Annual report of the Bengal Veterinary College and of the Civil Veterinary Department, Bengal, for the year 1914-1915 - 1914-1915
Year: 1914
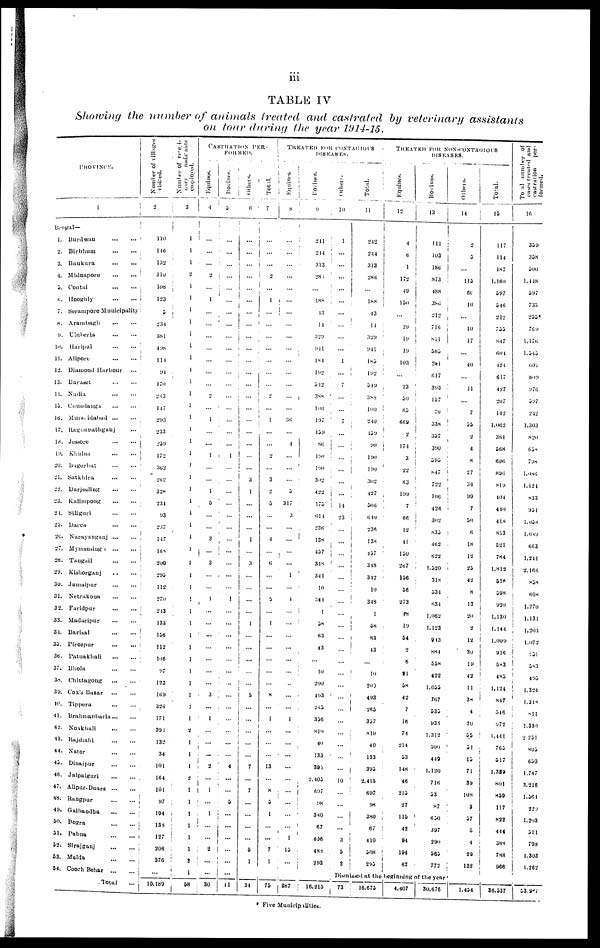
iii
TABLE IV
Showing the number of animals treated and castrated by veterinary
assistants
on tour during the year 1914-15.
PROVINCE.
1
Bengal—
1.
Burdwan ... ...
2.
Birbhum
...
...
3. Bankura
...
...
4. Midnapore
...
...
5. Contai
...
...
6. Hooghly
...
...
7. Sorampore Municipality
8. Arambagh
...
...
9. Uluberia
...
...
10.
Haripal
...
...
11. Alipore
...
...
12. Diamond Harbour ...
13. Baraset ... ...
11. Nadia
...
...
13.
Canadanga ... ...
16.
Mursidabad ... ...
17. Ragaunathganj ...
18. Jossore ... ...
19. Khulna
...
...
20.
Bagerhat ... ...
21. Satkhira
...
...
22. Darjeeling
...
...
23.
Kalimpong
...
...
21. Siliguri
...
...
25. Dacca
...
...
26. Kurayanganj
...
...
27.
Mymensinga ... ...
28. Tangail
...
...
29.
Kishorganj
...
...
30. Jamalpur
...
...
31.
Netrakona ... ...
32. Faridpur
...
...
33. Madaripur
...
...
34. Barisal
...
...
35. Pirozpur
...
...
36. Patuakhali
37. Bhola
...
...
38. Chittagong
...
...
39. Cox's Bazar
...
...
40. Tippera
...
...
41. Brahmanbaria
...
...
42. Noakhali
...
...
43. Rajshahi
...
...
44. Nator
...
...
45.
Dinajpur
...
...
46. Jalpaiguri
...
...
47. Alipur-Duars ... ...
48. Rangpur
...
...
49.
Galbandha
...
...
50. Bogra
...
...
51. Pabna
...
...
52. Sirajganj
...
...
53. Malda
...
...
54. Cooch Behar
...
...
Total
...
Number of villages
visited.
2
110
146
132
310
108
123
5
231
381
498
114
94
170
263
147
293
233
259
172
362
262
328
234
93
237
147
168
200
295
112
270
243
133
156
112
106
97
123
169
326
171
394
132
34
101
164
101
97
194
133
127
206
376
...
10,189
Number of veteri-
nary
assistants
employed.
3
1
1
1
2
1
1
1
1
1
1
1
1
1
1
1
1
1
1
1
1
1
1
1
1
1
1
1
1
1
1
1
1
1
1
1
1
1
1
1
1
1
2
1
1
1
2
1
1
1
1 1
1
2
1
58
CASTRATION
PER-
FORMED.
Equiuns.
4
...
...
...
2
...
1
...
...
...
...
...
...
...
2
...
1
...
...
1
...
...
1
5
...
...
3
...
3
...
...
1
...
...
...
...
...
...
...
3
...
1
...
...
...
2
...
1
...
1
...
...
2
...
...
30
Bovines.
5
...
...
...
...
...
...
...
...
...
...
...
...
...
...
...
...
...
...
1
...
...
...
...
...
...
...
...
...
...
...
1
...
...
...
...
...
...
...
...
...
...
...
...
...
4
...
...
5
...
...
...
...
...
...
11
Others.
6
...
...
...
...
...
...
...
...
...
...
...
...
...
...
...
...
...
...
...
...
3
1
...
...
...
1
...
3
...
...
...
...
1
...
...
...
...
...
5
...
...
...
...
...
7
...
7
...
...
...
...
5
1
34
Total.
7
...
...
...
2
...
1
...
...
...
...
...
...
...
2
...
1
...
...
2
...
3
2
5
...
...
4
...
6
...
...
2
...
1
...
...
...
...
...
8
...
1
...
...
...
13
...
8
5
1
...
...
7
1
75
TREATED FOR CONTAGIOUS
DISEASES.
Equines.
8
...
...
...
...
...
...
...
...
...
...
...
...
...
...
...
36
...
4
...
...
...
5
317
3
...
...
...
...
1
...
4
...
...
...
...
...
...
...
...
...
1
...
...
...
...
...
...
...
...
...
1
15
...
387
Bovines.
9
211
244
313
285
...
188
13
14
329
941
181
192
512
388
100
197
459
86
190
190
302
422
173
614
236
138
437
348
341
10
344
1
58
63
43
...
10
200
493
265
356
810
40
133
395
2,405
697
98
380
67
406
488
293
16,215
Other.
10
1
...
...
...
...
...
...
...
...
...
1
...
7
...
...
...
...
...
...
...
...
...
14
23
...
...
...
...
...
...
...
...
...
...
...
...
...
...
...
...
...
...
...
...
...
10
...
...
...
...
3
5
2
Total.
11
242
244
313
286
...
188
43
14
329
941
183
192
549
388
100
240
459
90
190
190
302
427
306
640
236
138
457
348
342
10
348
1
58
63
43
...
10
200
493
265
357
810
40
133
395
2,415
697
98
380
67
410
508
295
TREATED FOR NON-CONTAGIOUS
DISEASES.
Equines.
12
4
6
1
172
19
100
...
29
19
19
103
...
23
50
65
669
2
174
3
22
63
199
7
66
12
41
150
267
156
56
273
48
19
54
2
6
21
58
42
7
16
74
214
53
148
46
215
27
115
42
94
194
62
Bovines.
13
111
103
186
873
488
386
212
716
811
585
281
617
393
157
70
338
357
390
595
847
722
106
426
302
835
462
622
1,520
318
534
634
1,062
1,123
913
884
558
422
1,055
767
535
938
1,312
500
449
1,126
716
53
87
650
397
390
565
772
Dismissed at the beginning of the year
73
16,673
4,407
30,676
Others.
14
2
5
...
115
60
10
...
10
17
...
40
...
11
...
7
55
2
4
8
27
34
99
7
50
6
18
12
25
42
8
13
20
2
12
30
19
42
11
38
4
20
55
51
15
71
39
108
3
37
5
4
29
132
1,454
Total.
15
117
114
187
1,160
597
546
212
755
847
604
424
617
427
207
142
1,062
361
568
606
896
819
494
440
418
853
521
784
1,812
516
598
920
1,130
1,144
1,009
916
583
485
1,124
847
516
972
1,441
765
517
1,359
801
859
117
822 444
388
788
966
36,537
Total
number of
cases
treated and
castration
per-
formed.
16
359
358
500
1,448
597
735
205*
769
1,476
1,545
605
809
976
397
242
1,303
820
658
798
1,086
1,121
833
951
1,058
1,059
663
1,241
2,166
838
608
1,270
1,131
1 203
1,072
434
583
495
495
1,218
811
1,330
2,251
805
650
1,747
3.216
1,564
229
1,203 544
798
1,303
1,262
53,287
* Five Municipalities.